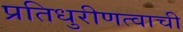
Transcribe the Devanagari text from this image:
प्रतिधुरीणत्वाची